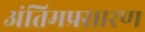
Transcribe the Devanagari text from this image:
अंतिमप्रसारण